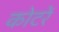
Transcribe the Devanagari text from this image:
कोटरें